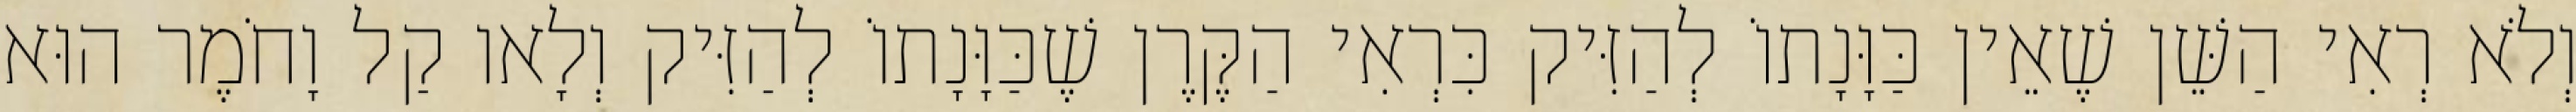
וְלֹא רְאִי הַשֵּׁן שֶׁאֵין כַּוָּנָתוֹ לְהַזִּיק כִּרְאִי הַקֶּרֶן שֶׁכַּוָּנָתוֹ לְהַזִּיק וְלָאו קַל וָחֹמֶר הוּא